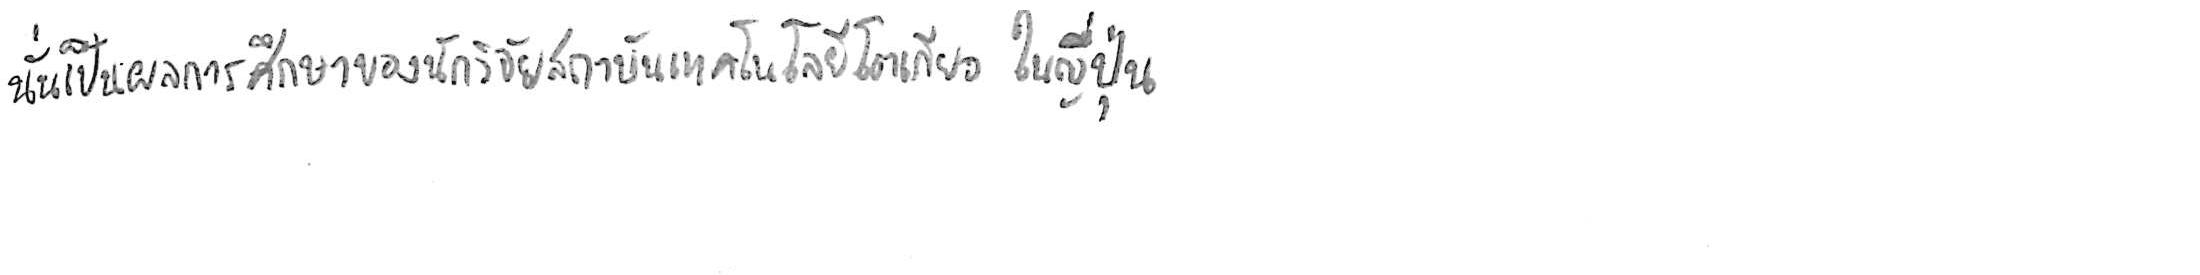
นั่นเป็นผลการศึกษาของนักวิจัยสถาบันเทคโนโลยีโตเกียว ในญี่ปุ่น